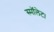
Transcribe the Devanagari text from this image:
स्मॉलेट।